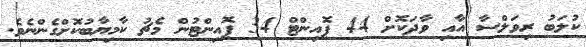
ކުލަބު ރިވަލްސާ އާއި ވާދަކޮށް 44 ޕޮއިންޓް 34 ޕޮއިންޓުން މެޗު ކާމިޔާބުކޮށްގެންނެވެ.